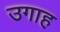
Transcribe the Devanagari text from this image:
उगाह